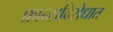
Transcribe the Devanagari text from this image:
फ्रान्सविरोधात